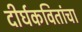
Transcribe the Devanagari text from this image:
दीर्घकवितांचा